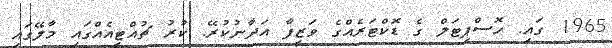
1965 ގައި. ހޮސްޕިޓަލް ގެ ޑޮކްޓަރެއްގެ ވަޒީފާ އަދާނުކުރޭ. ކުރު ޗުއްޓީއެއްގައި މާލޭގައި